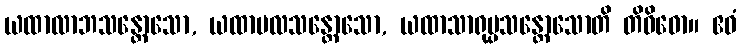
ယထာလာဘသန္တောသော, ယထာဗလသန္တောသော, ယထာသာရုပ္ပသန္တောသောတိ တိဝိဓော။ ဧဝံ